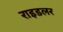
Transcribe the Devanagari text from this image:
राइडलर